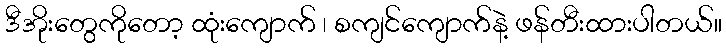
ဒီအိုးတွေကိုတော့ ထုံးကျောက် ၊ စကျင်ကျောက်နဲ့ ဖန်တီးထားပါတယ်။